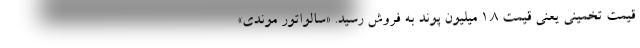
قیمت تخمینی یعنی قیمت ۱.۸ میلیون پوند به فروش رسید. «سالواتور موندی»